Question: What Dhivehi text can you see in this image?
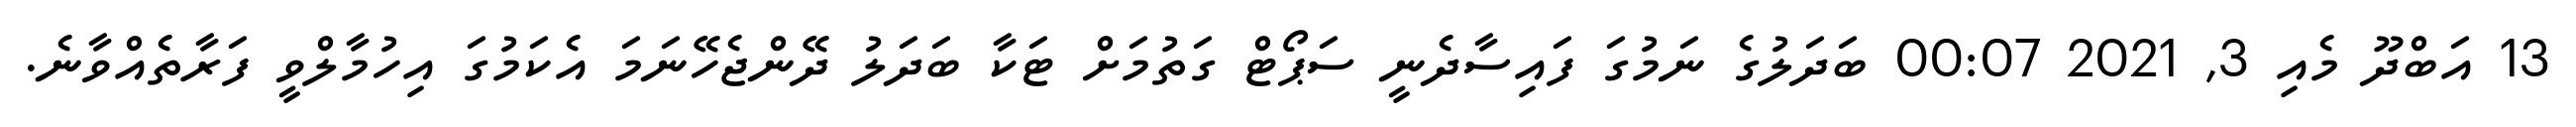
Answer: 13 އަބްދޫ މެއި 3, 2021 00:07 ބަދަލުގެ ނަމުގަ ފައިސާދެނީ ސަޕޯޓް ގަތުމަށް ޓަކާ ބަދަލު ދޭންޖެހޭނަމަ އެކަމުގަ އިހުމާލްވީ ފަރާތެއްވާނެ.